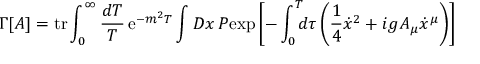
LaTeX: \Gamma \lbrack A \rbrack = \mathrm { t r } \int _ { 0 } ^ { \infty } { \frac { d T } { T } } \, \mathrm { e } ^ { - m ^ { 2 } T } \int { \cal D } x \, { \cal P } \mathrm { e x p } \left[ - \int _ { 0 } ^ { T } \! \! \! d \tau \left( { \frac { 1 } { 4 } } { \dot { x } } ^ { 2 } + i g A _ { \mu } \dot { x } ^ { \mu } \right) \right]